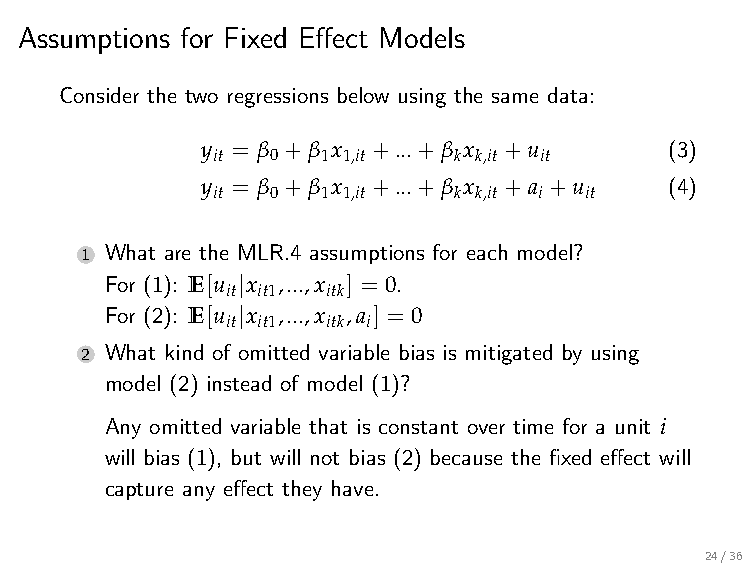
Assumptions for Fixed Effect Models
 Consider the two regressions below using the same data:
 y = β +β x  +...+β x +u        (3)
 it  0  1 1,it   k k,it it
 y = β +β x  +...+β x +a +u     (4)
 it  0  1 1,it   k k,it i it
 1 What are the MLR.4 assumptions for each model?
 For (1): E[u |x ,...,x ] = 0.
 it it1 itk
 For (2): E[u |x ,...,x ,a ] = 0
 it it1 itk i
 2 What kind of omitted variable bias is mitigated by using
 model (2) instead of model (1)?
 Any omitted variable that is constant over time for a unit i
 will bias (1), but will not bias (2) because the fixed effect will
 capture any effect they have.
 24/36